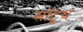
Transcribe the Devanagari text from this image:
सॉटूथ